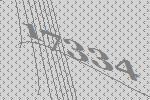
17334